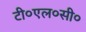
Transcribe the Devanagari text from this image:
टी०एल०सी०